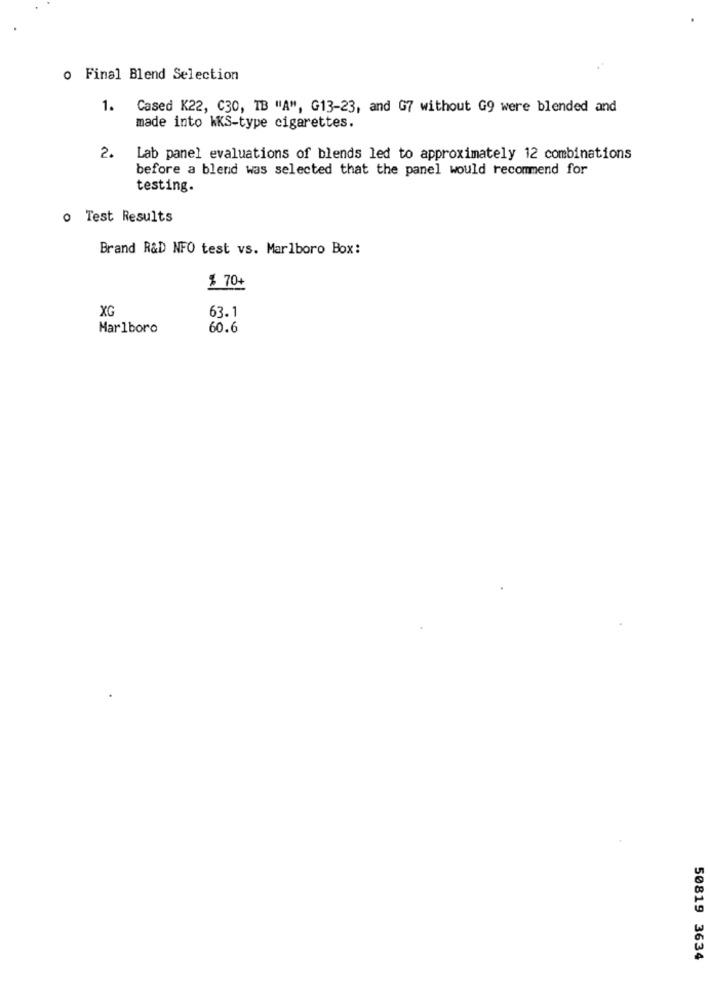
o Final Blend Selection
1. Cased K22, C30, TB "A", G13-23, and G7 without G9 were blended and
made into kKS-type cigarettes.
2. Lab panel evaluations of blends led to approximately 12 combinations
before a blend was selected that the panel would recommend for
testing.
o Test Results
Brand R&D NFO test vs. Marlboro Box:
$ 70+
XG
63.1
Marlboro
60.6
50819 3634